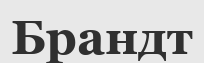
Брандт